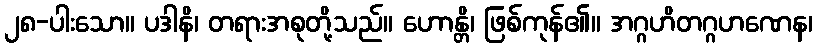
၂၈-ပါးသော။ ပဒါနိ၊ တရားအစုတို့သည်။ ဟောန္တိ၊ ဖြစ်ကုန်၏။ အဂ္ဂဟိတဂ္ဂဟဏေန၊